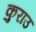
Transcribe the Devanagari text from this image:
कुराउ